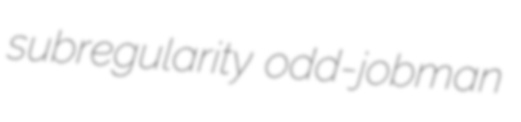
subregularity odd-jobman